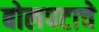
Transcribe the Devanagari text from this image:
बोलपटाचे